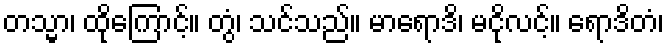
တသ္မာ၊ ထိုကြောင့်။ တွံ၊ သင်သည်။ မာရောဒိ၊ မငိုလင့်။ ရောဒိတံ၊